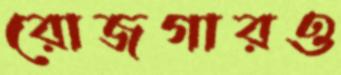
রোজগারও